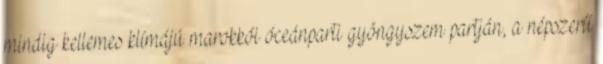
mindig kellemes klímájú marokkói óceánparti gyöngyszem partján, a népszerű